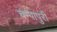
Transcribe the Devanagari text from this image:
चम्‍पापुरी